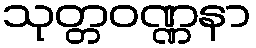
သုတ္တဝဏ္ဏနာ